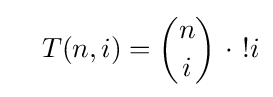
~~~T(n,i)={\binom {n}{i}}~\cdot ~!i